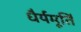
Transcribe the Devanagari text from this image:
धैर्यमूर्ति